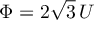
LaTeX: \Phi = 2 \sqrt { 3 } \, { \cal U }